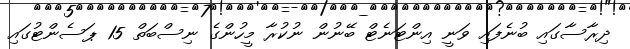
ދިރާސާގައި ބުނެފައި ވަނީ އިންޓަނެޓް ބޭނުން ނުކުރާ މީހުންގެ ނިސްބަތް 15 ޕަސެންޓުގައި